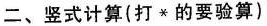
二、竖式计算(打*的要验算)